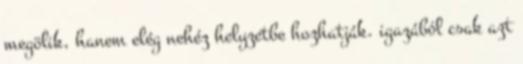
megölik, hanem elég nehéz helyzetbe hozhatják. igazából csak azt